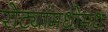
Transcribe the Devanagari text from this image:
रोट्यांमधोमध